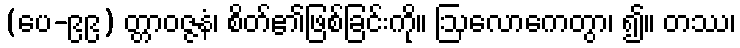
(ပေ-၉၉) တ္တာဝဇ္ဇနံ၊ စိတ်၏ဖြစ်ခြင်းကို။ ဩလောကေတွာ၊ ၍။ တဿ၊